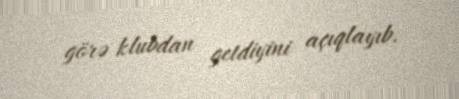
görə klubdan getdiyini açıqlayıb.